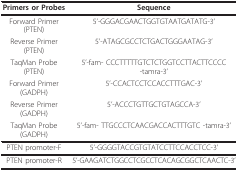
| Primers or Probes | Sequence |
 | --- | --- |
 | Forward Primer (PTEN) | 5'-GGGACGAACTGGTGTAATGATATG-3' |
 | Reverse Primer (PTEN) | 5'-ATAGCGCCTCTGACTGGGAATAG-3' |
 | TaqMan Probe (PTEN) | 5'-fam- CCCTTTTTGTCTCTGGTCCTTACTTCCCC -tamra-3' |
 | Forward Primer (GADPH) | 5'-CCACTCCTCCACCTTTGAC-3' |
 | Reverse Primer (GADPH) | 5'-ACCCTGTTGCTGTAGCCA-3' |
 | TaqMan Probe (GADPH) | 5'-fam- TTGCCCTCAACGACCACTTTGTC -tamra-3' |
 | PTEN promoter-F | 5'-GGGGTACCGTGTATCCTTCCACCTCC-3' |
 | PTEN promoter-R | 5'-GAAGATCTGGCCTCGCCTCACAGCGGCTCAACTC-3' |